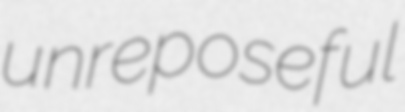
unreposeful